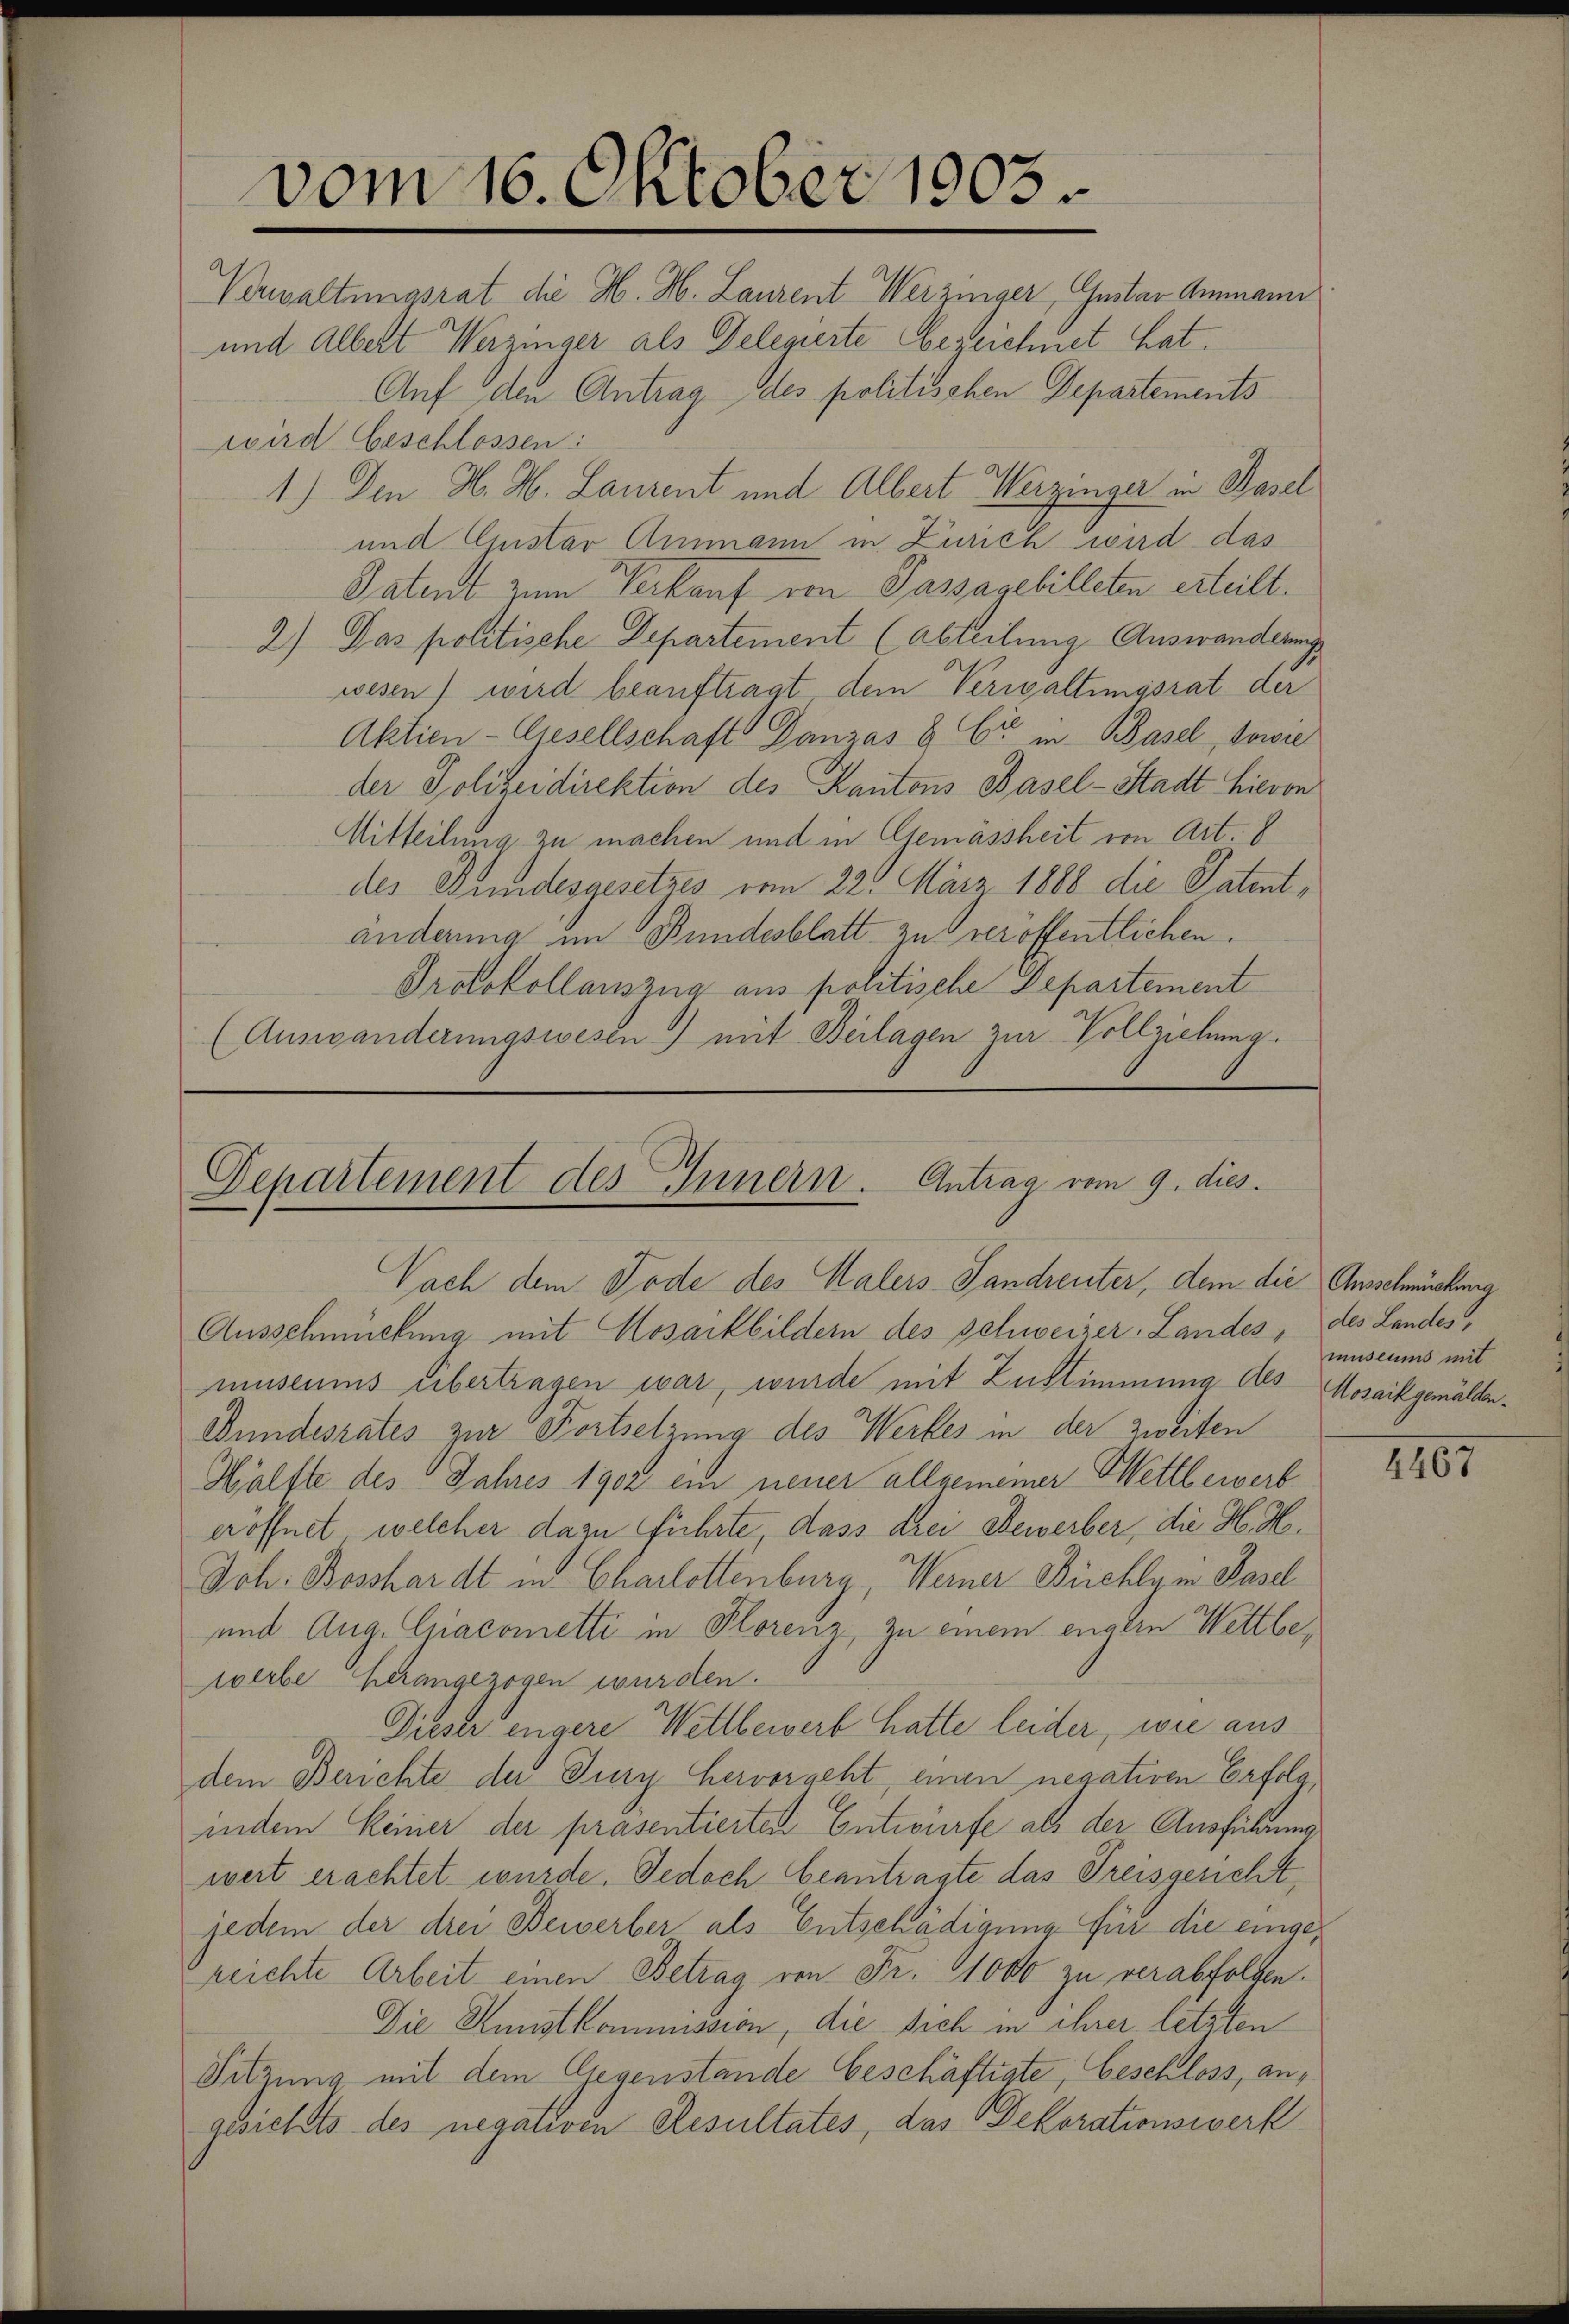
Verwaltungsrat die H. H. Laurent Weizinger, Gustav Ammann
und Albert Werzinger als Delegierte bezeichnet hat.
Auf den Antrag des politischen Departements
wird beschlossen:
1.) Den H. H. Laurent und Albert Werzinger in Basel
und Einstav Ammann in Zürich wird das
Patent zum Verkauf von Passagebilleten erteilt.
2) Das politische Departement (Abteilung Auswanderungs
wesen) wird beauftragt, dem Verwaltungsrat der
Aktien-Gesellschaft Danzas 8. Er in Basel, sowie
der Polizeidirektion des Kantons Basel-Stadt hievon
Mitteilung zu machen und in Gemässheit von Art. 8
des Bundesgesetzes vom 22. März 1888 die Patentänderung im Bundesblatt zu veröffentlichen.
Protokollauszug aus politische Departement
(Auswanderungswesen) mit Beilagen zur Vollziehung.

vom 16. Oktober 1903

Departement des Innern. Antrag vom 9. dies.

Nach dem Tode des Kalers Landreuter, dem die Ausschmückung
Ausschmückung mit Mosaikbildern des Schweizer, Landes, des Landes
museums übertragen war, wurde mit Zustimmung des Mosaikgemälder¬
Bundesrates zur Fortsetzung des Werkes in der zweiten
Hälfte des Jahres 1902 ein neuer allgemeiner Wettbewerb
eröffnet, welcher dazu führte dass drei Bewerber, die H. H.
Joh. Bosshardt in Charlottenburg, Werner Büchlym Basel
und Aug. Cracometti in Florenz, zu einem engern Wettbewerbe herangezogen wurden.
Dieser engere Wettbewerb hatte leider, wie aus
dem Berichte der Jury hervorgeht, einen negativen Erfolgindem keiner der präsentierten Entwürfe als der Ausführung
weit erachtet wurde. Jedoch beantragte das Preisgericht,
jedem der drei Bewerber als Entschädigung für die eingereichte Arbeit einen Betrag von Fr. 1000 zu verabfolgen.
Die Kunstkommission, die sich in ihrer letzten
Sitzung mit dem Gegenstände beschäftigte, beschloss, angesichts des negativen Resultates, das Dekorationswerk

museums mit

1467